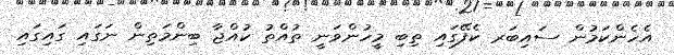
އެހެންކަމުން ސައިބަރ ކެފޭގައި ތިބި މީހުންވަނީ ތުއްތު ކުއްޖާ ބިންމަތިން ނަގައި ގައިގައި